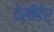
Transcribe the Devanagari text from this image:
देसीङेर्